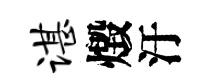
谌燬汙